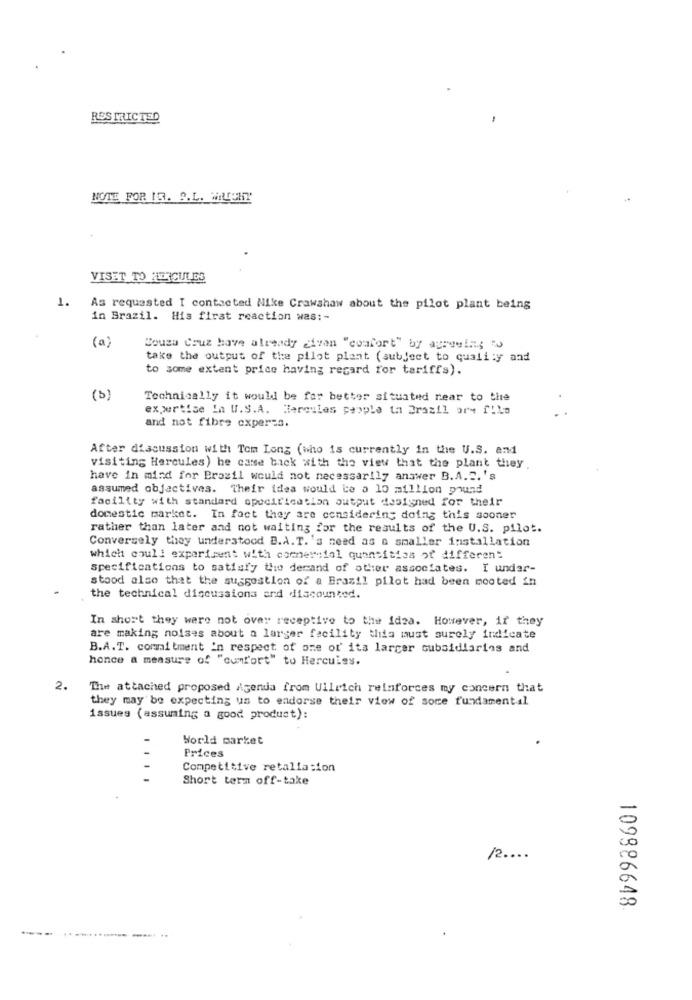
RES MUICTED
NOTE FOR IT. S.L. MILCHT
VISET TO HERCULES
1.
As requested I contacted Nike Crawshaw about the pilot plant being
in Brazil. His first reaction was :-
(a)
Souza Couz have already given "comfort" by auraein; "
take the output of the pilot plant (subject to quality and
to some extent price having regard for tariffs).
(3)
Technically it would be far better situated near to the
expertise In U.S.A. Hercules people ta Brazil or- filo
and not fibre exper=s.
After discussion with Tom Long (who is currently in the U.S. and
visiting Hercules) he came back with the view that the plant they
have in mind for Brasil would not necessarily answer B.A.2.'s
assumed objectives. Their idea would be a 10 million pound
facility with standard specification output designed for their
domestic market. In fact they are considering doing this sooner
rather than later and not waiting for the results of the U.S. pilot.
Conversely they understood B.A.T.'s need as a smaller installation
which coul! experiment with cornercial quantities of different
specifications to satisfy the demand of other associates. I under-
stood also that the suggestion of a Brazil pilot had been mooted in
the technical discussions and discounted.
In short they were not over receptive to the idea. However, if they
are making noises about a larger facility this must surely indicate
B.A.T. commitment in respect of ome or' ita larger subsidiaries and
honce a measure of "cumfort" to Hercules.
2.
The attached proposed Agenda from Ullrich reinforces my concern that
they may be expecting us to endorse their view of some fundamental
issues (assuming a good product):
World market
Prices
Competitive retaliation
Short term off-take
/2 ....
109986648